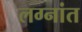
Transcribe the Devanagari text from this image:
लग्नांत